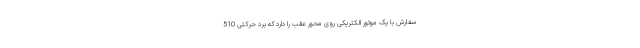
سفارش با یک موتور الکتریکی روی محور عقب را دارد که برد حرکتی 510